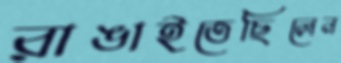
রাঙাইতেছিলেন